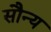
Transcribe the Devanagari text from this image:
सौन्य